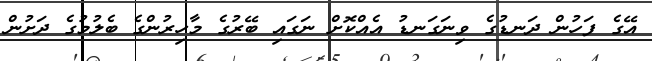
އޭގެ ފަހުން ދަނޑުގެ ވިނަގަނޑު އެއްކޮށް ނަގައި ބޭރުގެ މާހިރުންގެ ބެލުމުގެ ދަށުން